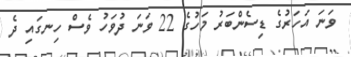
ވަނަ އަހަރުގެ ޑިސެންބަރު މަހުގެ 22 ވަނަ ދުވަހު ވެސް ހިނގައި ދެ